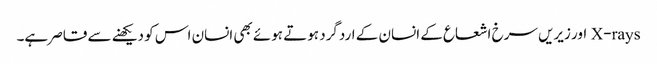
X-rays اور زیریں سرخ اشعاع کے انسان کے اردگرد ہوتے ہوئے بھی انسان اس کو دیکھنے سے قاصر ہے۔